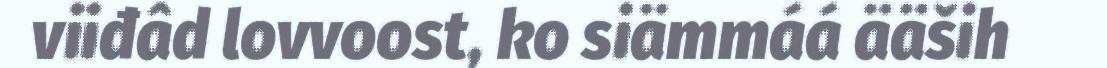
viiđâd lovvoost, ko siämmáá ääših